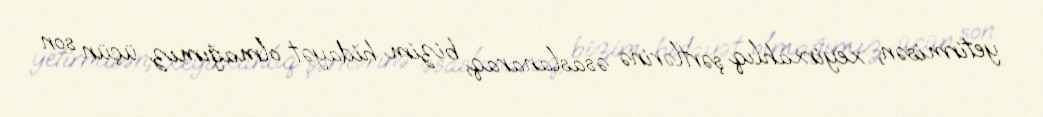
yetirmisən, xeyirxahlıq şərtlərinə əsaslanaraq, bizim hidayət olmağımız üçün son